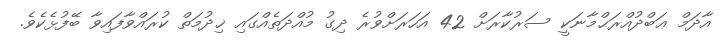
އާދަމް ޢަބްދުއްރަޙްމާނަކީ ސަރުކާރަށް 42 އަހަރަށްވުރެ ދިގު މުއްދަތެއްގައި ޚިދުމަތް ކުރައްވާފައިވާ ބޭފުޅެކެވެ.